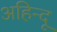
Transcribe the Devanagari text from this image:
अहिन्दू